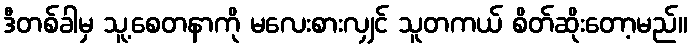
ဒီတစ်ခါမှ သူ့စေတနာကို မလေးစားလျှင် သူတကယ် စိတ်ဆိုးတော့မည်။